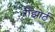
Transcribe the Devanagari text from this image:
रीझोर्ट